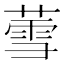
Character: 𬝹